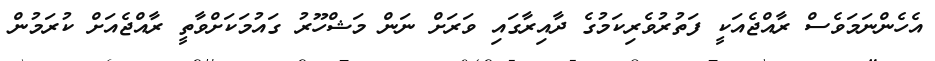
އެހެންނަމަވެސް ރާއްޖެއަކީ ފަތުރުވެރިކަމުގެ ދާއިރާގައި ވަރަށް ނަން މަޝްހޫރު ގައުމަކަށްވާތީ ރާއްޖެއަށް ކުރަމުން